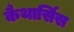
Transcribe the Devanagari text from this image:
कैथार्सिस